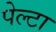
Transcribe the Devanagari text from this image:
पेल्टा